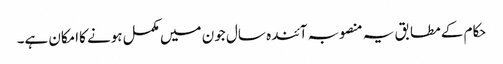
حکام کے مطابق یہ منصوبہ آئندہ سال جون میں مکمل ہونے کاامکان ہے۔